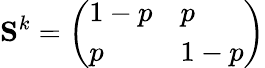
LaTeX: \mathbf{S}^{k}=\left(\begin{array}{ll}{1-p}&{p}\\ {p}&{1-p}\end{array}\right)